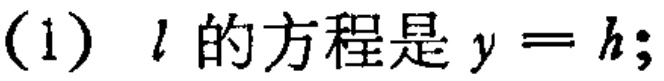
(1) \(l\) 的方程是 \(y = h\);